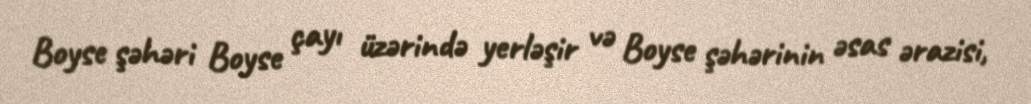
Boyse şəhəri Boyse çayı üzərində yerləşir və Boyse şəhərinin əsas ərazisi,